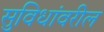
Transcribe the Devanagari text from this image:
सुविधांवरील